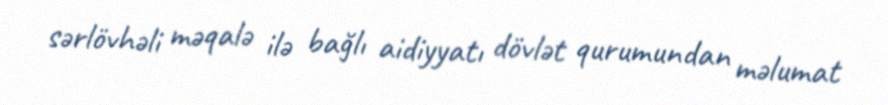
sərlövhəli məqalə ilə bağlı aidiyyatı dövlət qurumundan məlumat